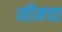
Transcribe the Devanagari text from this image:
नीमचा